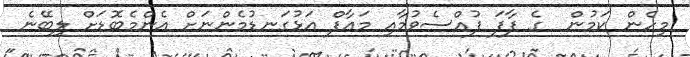
މިހެން ކަމުން  ގެ ފާފަ ފުއްސެވުމާއި މަޢާފް އަޅުގަނޑުމެންނަށް އެންމެބޮޑަށް ލިބޭނެ